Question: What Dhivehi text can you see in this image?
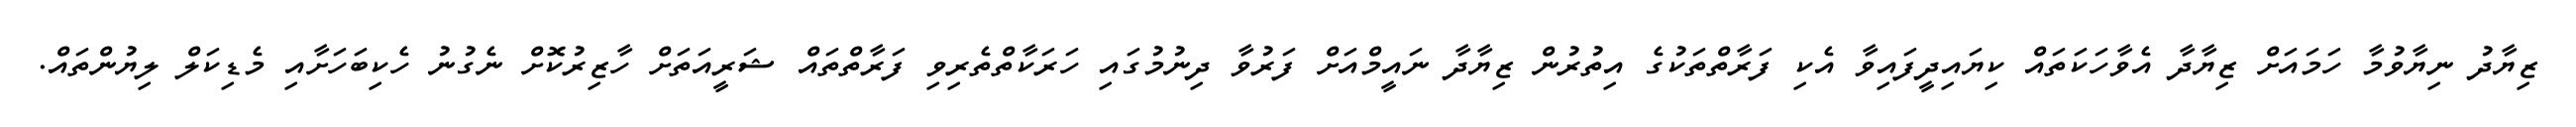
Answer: ޒިޔާދު ނިޔާވުމާ ހަމައަށް ޒިޔާދާ އެވާހަކަތައް ކިޔައިދީފައިވާ އެކި ފަރާތްތަކުގެ އިތުރުން ޒިޔާދާ ނައީމްއަށް ފަރުވާ ދިނުމުގައި ހަރަކާތްތެރިވި ފަރާތްތައް ޝަރީއަތަށް ހާޒިރުކޮށް ނެގުނު ހެކިބަހަށާއި މެޑިކަލް ލިޔުންތައް.